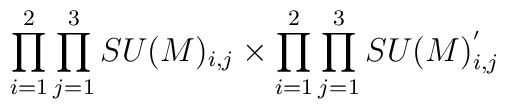
\prod_{i=1}^{2}\prod_{j=1}^{3} SU(M)_{i,j} \times \prod_{i=1}^{2}\prod_{j=1}^{3}SU(M)^{'}_{i,j}